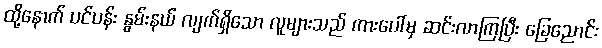
ထို့နောက် ပင်ပန်း နွမ်းနယ် လျက်ရှိသော လူများသည် ကားပေါ်မှ ဆင်းလာကြပြီး ခြေညောင်း